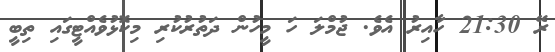
ރޭ 21:30 ހާއިރު އެވެ. ޖުމްލަ ހަ މީހުން ދަތުރުކުރި މިކޮޅުވެއްޓީގައި ތިބީ